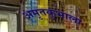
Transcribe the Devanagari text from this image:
अमृतकुंभाला